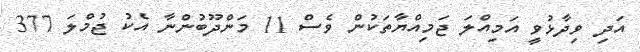
އަދި ވިދާޅުވީ އަމިއްލަ ޖަމިއްޔާތަކުން ވެސް 11 މަންދޫބުންނާ އެކު ޖުމްލަ 377